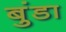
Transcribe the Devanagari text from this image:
बुंडा